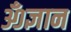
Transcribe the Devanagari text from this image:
ॐज्ञान